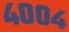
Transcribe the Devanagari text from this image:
४००४